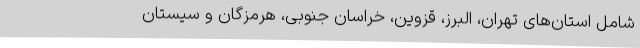
شامل استان‌های تهران، البرز، قزوین، خراسان جنوبی، هرمزگان و سیستان